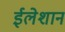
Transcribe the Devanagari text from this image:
ईलेशान